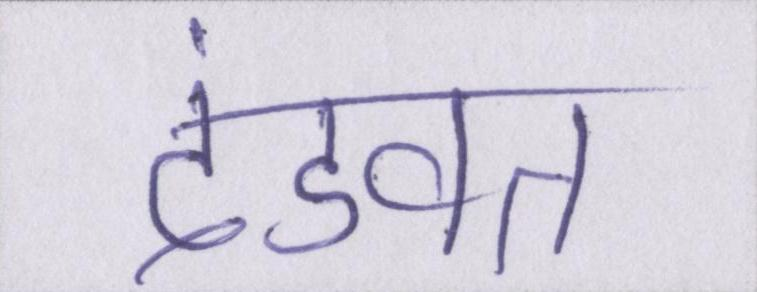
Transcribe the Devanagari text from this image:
दंडवत